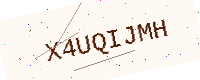
Text: X4UQIJMH